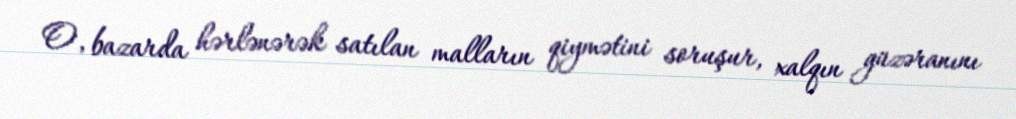
O, bazarda hərlənərək satılan malların qiymətini soruşur, xalqın güzəranını